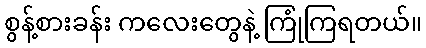
စွန့်စားခန်း ကလေးတွေနဲ့ ကြုံကြရတယ်။